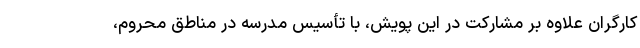
کارگران علاوه بر مشارکت در این پویش، با تأسیس مدرسه در مناطق محروم،